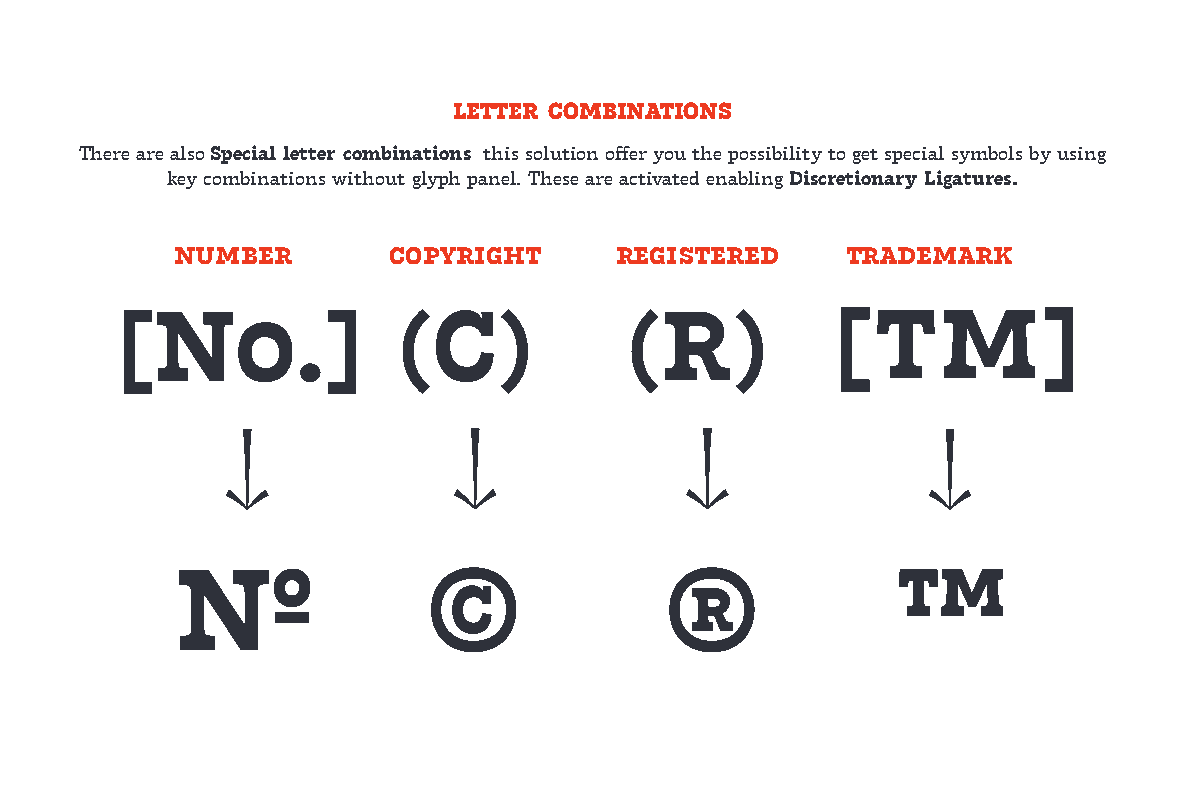
LETTER COMBINATIONS
 There are also Special letter combinations this solution offer you the possibility to get special symbols by using
 key combinations without glyph panel. These are activated enabling Discretionary Ligatures.
 number        copyright      registered     trademark
 [No.]             (C)             (R)          [TM]
 ↓              ↓               ↓               ↓
 №               ©               ®              ™